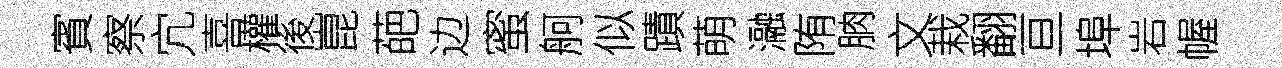
賓察宂喜權後崑葩边蜜舸似蹟萌瀜陏朒文栽翻亘埠岩幄